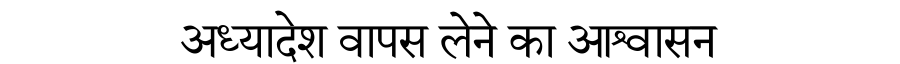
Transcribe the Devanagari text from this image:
अध्यादेश वापस लेने का आश्वासन